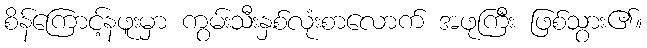
စိန်ကြောင့်နဖူးမှာ ကွမ်းသီးနှစ်လုံးစာလောက် အဖုကြီး ဖြစ်သွား၏။